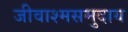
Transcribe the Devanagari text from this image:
जीवाश्मसमुदाय